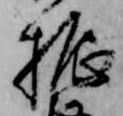
振